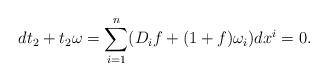
LaTeX: \begin{align*}dt_2 + t_2\omega = \sum_{i=1}^n (D_if + (1 + f)\omega_i) dx^i = 0.\end{align*}